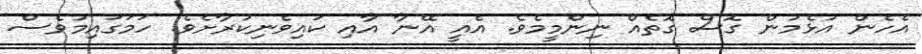
އެހެން އުޅެމުން ގޮސް ގޮތެއް ނިންމީމެވެ. އެއީ އޭނާ އާއި ކައިވެނިކުރާށެވެ. ހަމަގައިމުވެސް